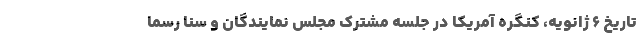
تاریخ ۶ ژانویه، کنگره آمریکا در جلسه مشترک مجلس نمایندگان و سنا رسماً